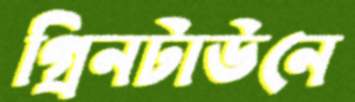
গ্রিনটাউনে